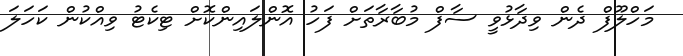
މަހްލޫފް ދެން ވިދާޅުވީ ސާފް މުބާރާތަށް ފަހު އޮންލައިންކޮށް ޓިކެޓު ވިއްކުން ކަހަލަ